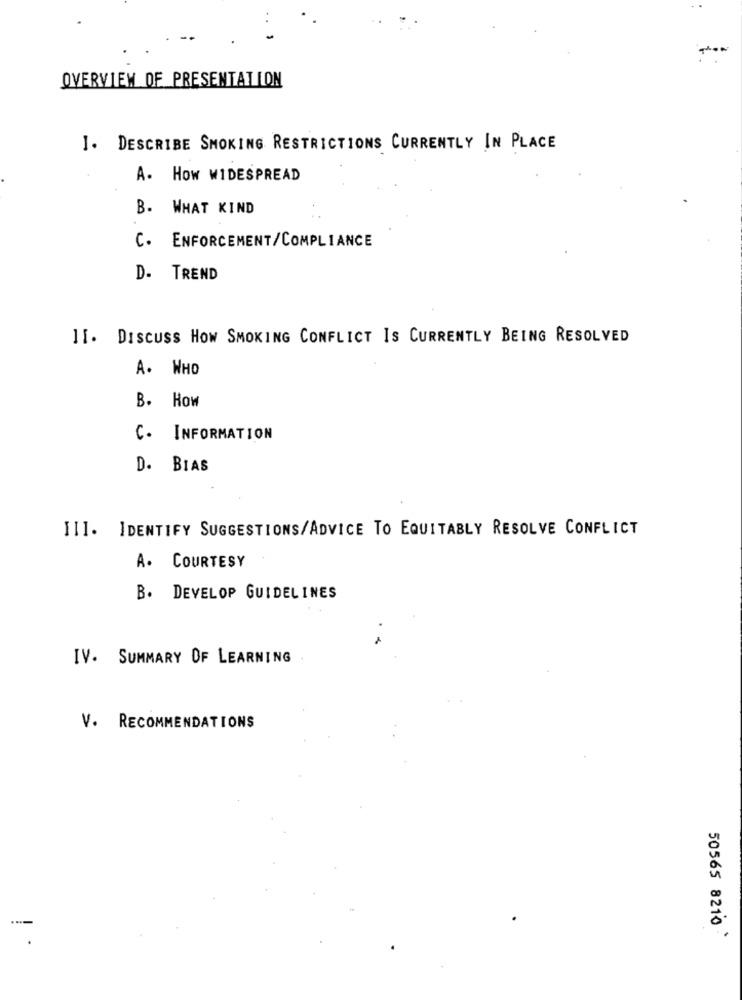
OVERVIEW OF PRESENTATION
J. DESCRIBE SMOKING RESTRICTIONS CURRENTLY IN PLACE
A. HOW WIDESPREAD
B. WHAT KIND
C. ENFORCEMENT/COMPLIANCE
D- TREND
II. DISCUSS HOW SMOKING CONFLICT IS CURRENTLY BEING RESOLVED
A. WHO
B. How
C. INFORMATION
D. BIAS
III. IDENTIFY SUGGESTIONS/ADVICE TO EQUITABLY RESOLVE CONFLICT
A. COURTESY
B. DEVELOP GUIDELINES
IV. SUMMARY OF LEARNING
V. RECOMMENDATIONS
50565 8210